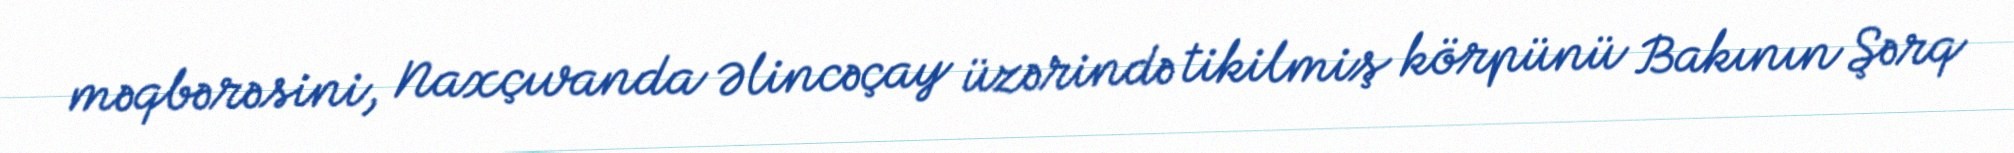
məqbərəsini, Naxçıvanda Əlincəçay üzərində tikilmiş körpünü Bakının Şərq